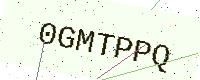
Text: 0GMTPPQ